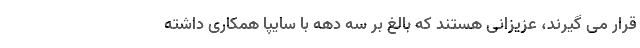
قرار می گیرند، عزیزانی هستند که بالغ بر سه دهه با سایپا همکاری داشته